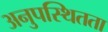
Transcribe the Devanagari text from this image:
अनुपस्थितता